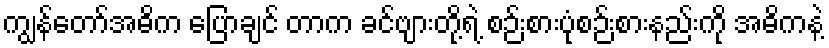
ကျွန်တော်အဓိက ပြောချင် တာက ခင်ဗျားတို့ရဲ့ စဉ်းစားပုံစဉ်းစားနည်းကို အဓိကနဲ့